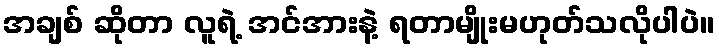
အချစ် ဆိုတာ လူရဲ့ အင်အားနဲ့ ရတာမျိုးမဟုတ်သလိုပါပဲ။